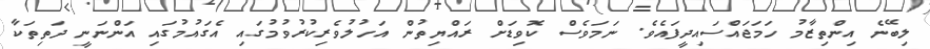
ލިބޭނެ އިންތިޒާމު ހަމަޖައްސައިދީފައެވެ. ނަމަވެސް ކޮވިޑަށް ރައްޔިތުން އަހުލުވެރިކުރުވުމުގައި އެގައުމުގައި އަންނަނީ ދަތިތަކާ